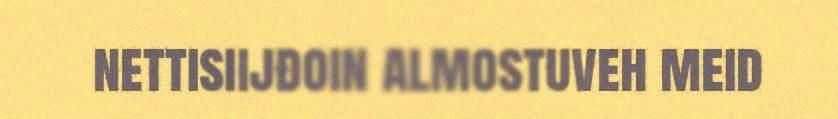
nettisiijđoin almostuveh meid